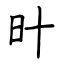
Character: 旪